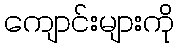
ကျောင်းများကို